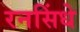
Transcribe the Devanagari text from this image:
रनसिंधे